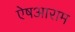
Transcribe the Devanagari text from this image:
ऐषआराम